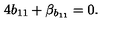
4 b _ { 1 1 } + \beta _ { b _ { 1 1 } } = 0 .